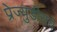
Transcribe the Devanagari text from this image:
प्रेज्युडीसचे